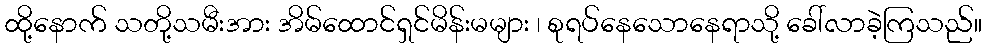
ထို့နောက် သတို့သမီးအား အိမ်ထောင်ရှင်မိန်းမများ ၊ စုရပ်နေသောနေရာသို့ ခေါ်လာခဲ့ကြသည်။